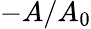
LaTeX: -A/A_{0}